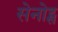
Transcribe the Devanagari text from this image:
सेनोट्स